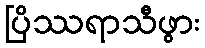
ပြိဿရာသီဖွား